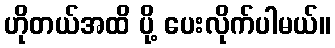
ဟိုတယ်အထိ ပို့ ပေးလိုက်ပါမယ်။